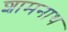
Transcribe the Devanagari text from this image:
शामनाथ